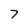
Character: 7